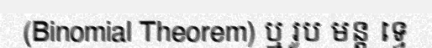
(Binomial Theorem) ឬ រូប មន្ត ទ្វេ